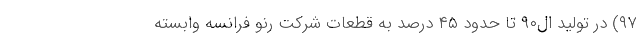
۹۷) در تولید ال۹۰ تا حدود ۴۵ درصد به قطعات شرکت رنو فرانسه وابسته